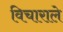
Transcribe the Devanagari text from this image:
विचाराले